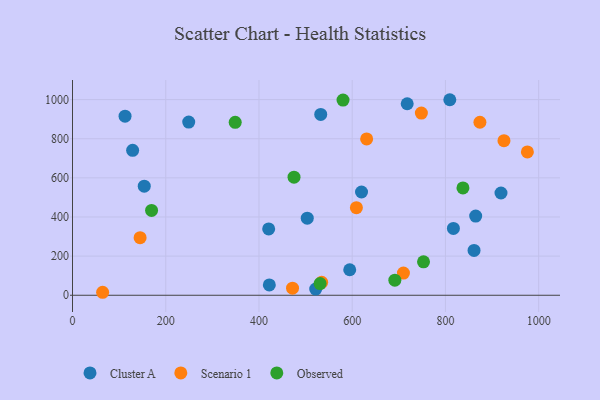
{"axis": {"x": "Investment", "y": "Profit"}, "legend": ["Cluster A", "Observed", "Scenario 1"], "data": [{"x": "919.2", "y": 522.6, "type": "Cluster A"}, {"x": "153.9", "y": 557.6, "type": "Cluster A"}, {"x": "620.0", "y": 527.8, "type": "Cluster A"}, {"x": "864.9", "y": 404.5, "type": "Cluster A"}, {"x": "718.0", "y": 978.8, "type": "Cluster A"}, {"x": "594.7", "y": 130.4, "type": "Cluster A"}, {"x": "521.7", "y": 31.3, "type": "Cluster A"}, {"x": "129.0", "y": 740.9, "type": "Cluster A"}, {"x": "861.4", "y": 228.9, "type": "Cluster A"}, {"x": "112.7", "y": 915.3, "type": "Cluster A"}, {"x": "249.3", "y": 885.3, "type": "Cluster A"}, {"x": "420.8", "y": 338.9, "type": "Cluster A"}, {"x": "817.1", "y": 341.7, "type": "Cluster A"}, {"x": "532.5", "y": 924.1, "type": "Cluster A"}, {"x": "809.4", "y": 999.3, "type": "Cluster A"}, {"x": "503.6", "y": 393.9, "type": "Cluster A"}, {"x": "422.2", "y": 52.7, "type": "Cluster A"}, {"x": "609.0", "y": 447.5, "type": "Scenario 1"}, {"x": "145.0", "y": 294.4, "type": "Scenario 1"}, {"x": "874.0", "y": 884.3, "type": "Scenario 1"}, {"x": "472.0", "y": 36.2, "type": "Scenario 1"}, {"x": "748.4", "y": 931.3, "type": "Scenario 1"}, {"x": "925.6", "y": 789.8, "type": "Scenario 1"}, {"x": "534.5", "y": 65.8, "type": "Scenario 1"}, {"x": "975.8", "y": 732.7, "type": "Scenario 1"}, {"x": "709.9", "y": 113.5, "type": "Scenario 1"}, {"x": "64.6", "y": 15.2, "type": "Scenario 1"}, {"x": "631.0", "y": 798.8, "type": "Scenario 1"}, {"x": "580.3", "y": 997.5, "type": "Observed"}, {"x": "475.2", "y": 603.4, "type": "Observed"}, {"x": "691.5", "y": 76.8, "type": "Observed"}, {"x": "753.0", "y": 170.7, "type": "Observed"}, {"x": "531.1", "y": 59.7, "type": "Observed"}, {"x": "349.0", "y": 883.7, "type": "Observed"}, {"x": "169.6", "y": 433.5, "type": "Observed"}, {"x": "837.6", "y": 548.5, "type": "Observed"}]}